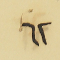
٦٢